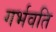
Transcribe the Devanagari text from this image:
गर्भवति